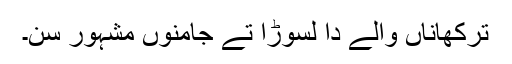
ترکھاناں والے دا لسوڑا تے جامنوں مشہور سن۔